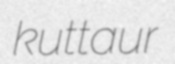
kuttaur